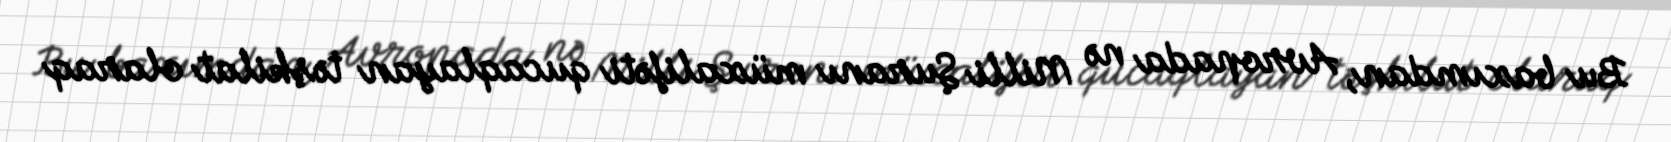
Bu baxımdan, Avropada nə Milli Şuranı müxalifəti qucaqlayan təşkilat olaraq